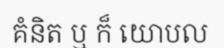
គំនិត ឬ ក៏ យោបល